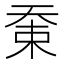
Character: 𡘸